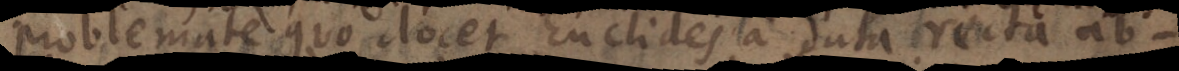
problemate quo docet Euclides a data recta ab -